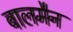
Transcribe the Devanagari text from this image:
बालमैन